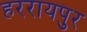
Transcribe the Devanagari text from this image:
हररायपुर